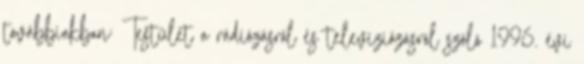
továbbiakban: Testület a rádiózásról és televíziózásról szóló 1996. évi